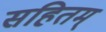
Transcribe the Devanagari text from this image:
सहितम्